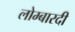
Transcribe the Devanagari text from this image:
लोम्बारदी